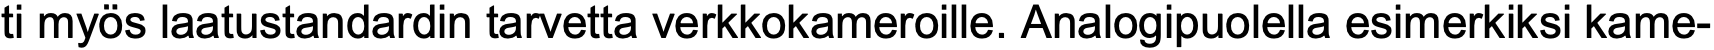
ti myös laatustandardin tarvetta verkkokameroille. Analogipuolella esimerkiksi kame-